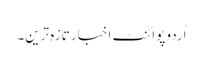
اُردو پوائنٹ اخبار تازہ ترین۔